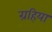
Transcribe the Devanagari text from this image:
ग्रहिया